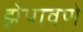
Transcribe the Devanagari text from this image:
झेपावणे